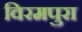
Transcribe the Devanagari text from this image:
विरमपुरा